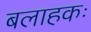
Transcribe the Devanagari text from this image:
बलाहकः